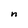
Character: n